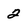
Character: 2